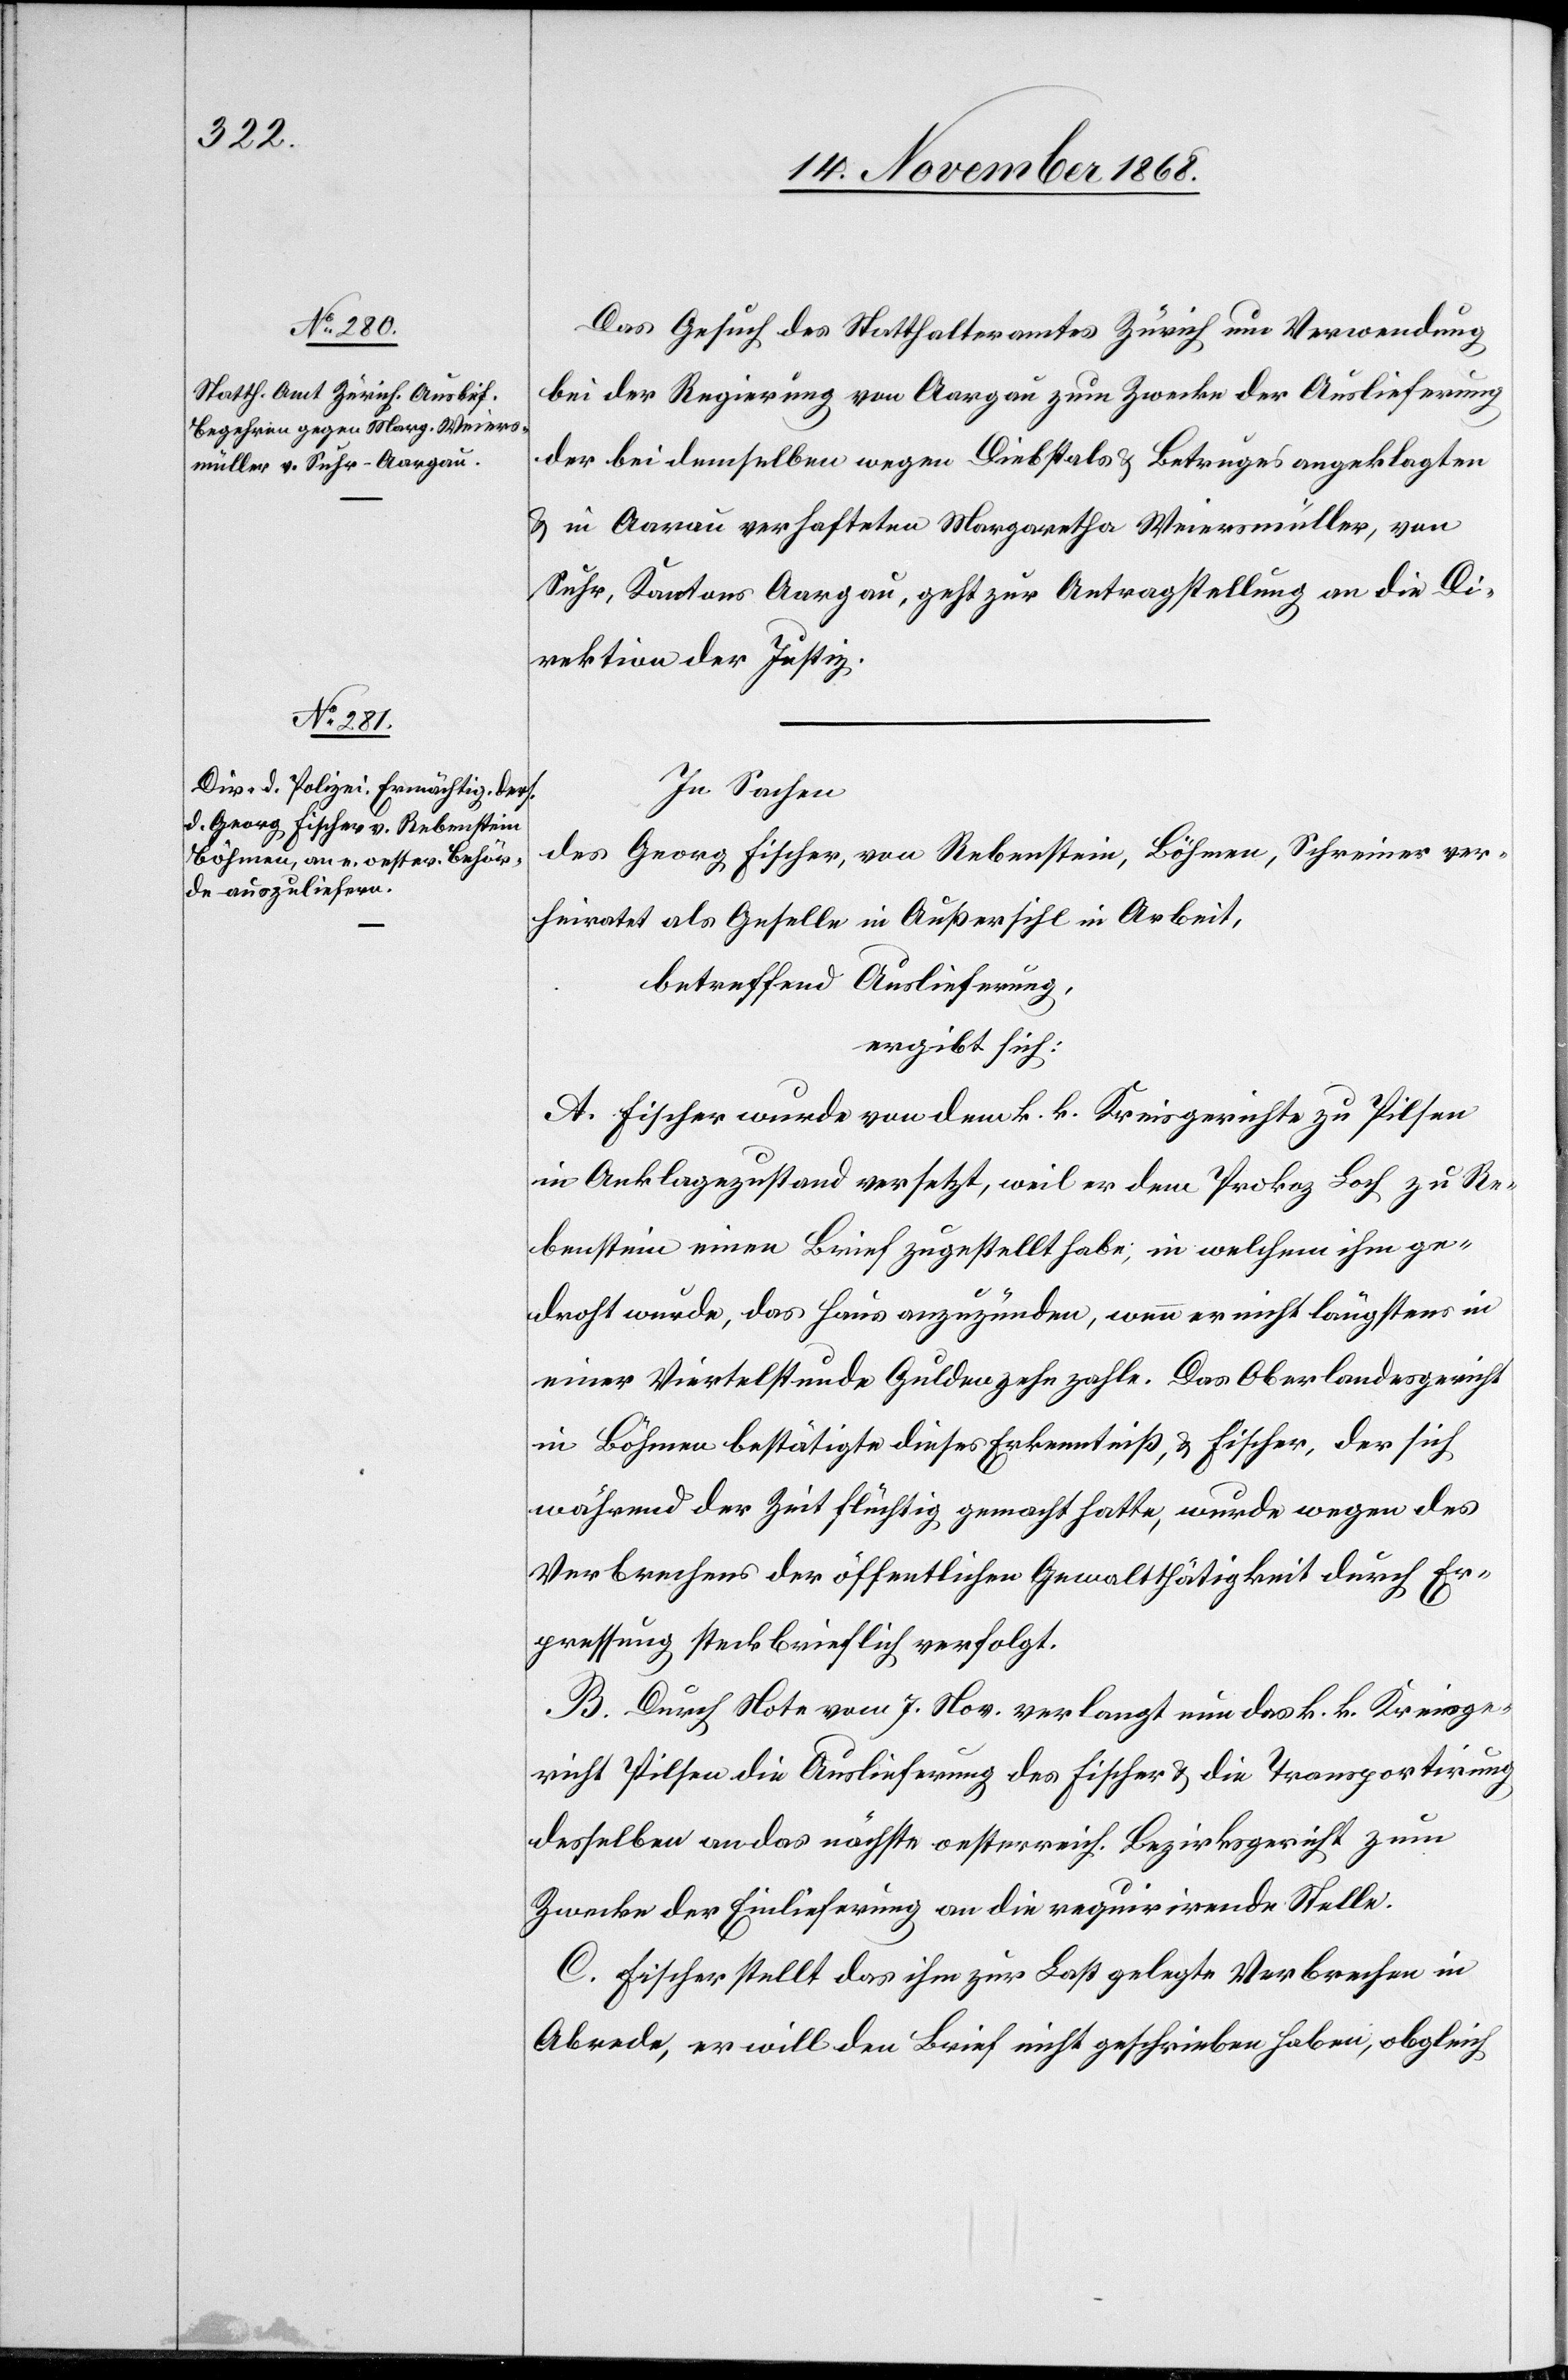
17. November 1868.]
Das Gesuch des Statthalteramtes Zürich um Verwendung
bei der Regierung von Aargau zum Zwecke der Auslieferung
der bei demselben wegen Diebstals & Betruges angeklagten
& in Aarau verhafteten Margaretha Weiersmüller, von
Suhr, Kantons Aargau, geht zur Antragstellung an die Di¬
rektion der Justiz.
In Sachen
des Georg Fischer, von Rebenstein, Böhmen, Schreiner ver¬
heiratet als Geselle in Außersihl in Arbeit,
betreffend Auslieferung,
ergibt sich:
A. Fischer wurde von dem k. k. Kreisgerichte zu Pilsen
in Anklagezustand versetzt, weil er dem Prokoz Loch zu Re¬
benstein einen Brief zugestellt habe, in welchem ihm ge¬
droht wurde, das Haus anzuzünden, wenn er nicht längstens in
einer Viertelstunde Gulden zehn zahle. Das Oberlandesgericht
in Böhmen bestätigte dieses Erkenntniß, & Fischer, der sich
während der Zeit flüchtig gemacht hatte, wurde wegen des
Verbrechens der öffentlichen Gewaltthätigkeit durch Er¬
pressung streckbrieflich verfolgt.
B. Durch Note vom 7. Nov. verlangt nun das k. k. Kreisge¬
richt Pilsen die Auslieferung des Fischer & die Transportirung
desselben an das nächste oesterreich. Bezirksgericht zum
Zwecke der Einlieferung an die requirirende Stelle.
C. Fischer stellt das ihm zur Last gelegte Verbrechen in
Abrede, er will den Brief nicht geschrieben haben, obgleich